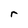
Character: r